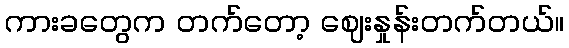
ကားခတွေက တက်တော့ ဈေးနှုန်းတက်တယ်။